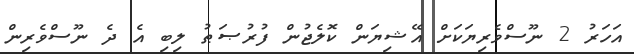
އަހަރު 2 ނޫސްވެރިޔަކަށް އޭޝިޔަން ކޮލެޖުން ފުރުޞަޠު ލިބި އެ ދެ ނޫސްވެރިން